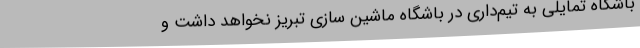
باشگاه تمایلی به تیم‌داری در باشگاه ماشین سازی تبریز نخواهد داشت و